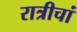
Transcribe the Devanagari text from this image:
रात्रीचां